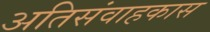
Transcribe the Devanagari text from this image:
अतिसंवाहकास